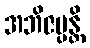
အဘိဇပ္ပန္တိ